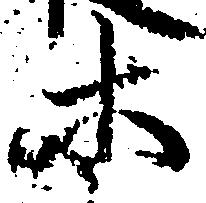
等